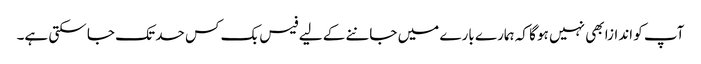
آپ کو اندازا بھی نہیں ہو گا کہ ہمارے بارے میں جاننے کے لیے فیس بک کس حد تک جا سکتی ہے۔